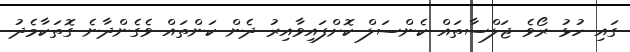
ގައި ހުޅު ރޯވެ ޖަލްސާތައް ކެންސަލް ކޮށްފައިވާއިރު ދެން ކަންތައް ވެގެންދާނެ ގޮތަކާމެދު